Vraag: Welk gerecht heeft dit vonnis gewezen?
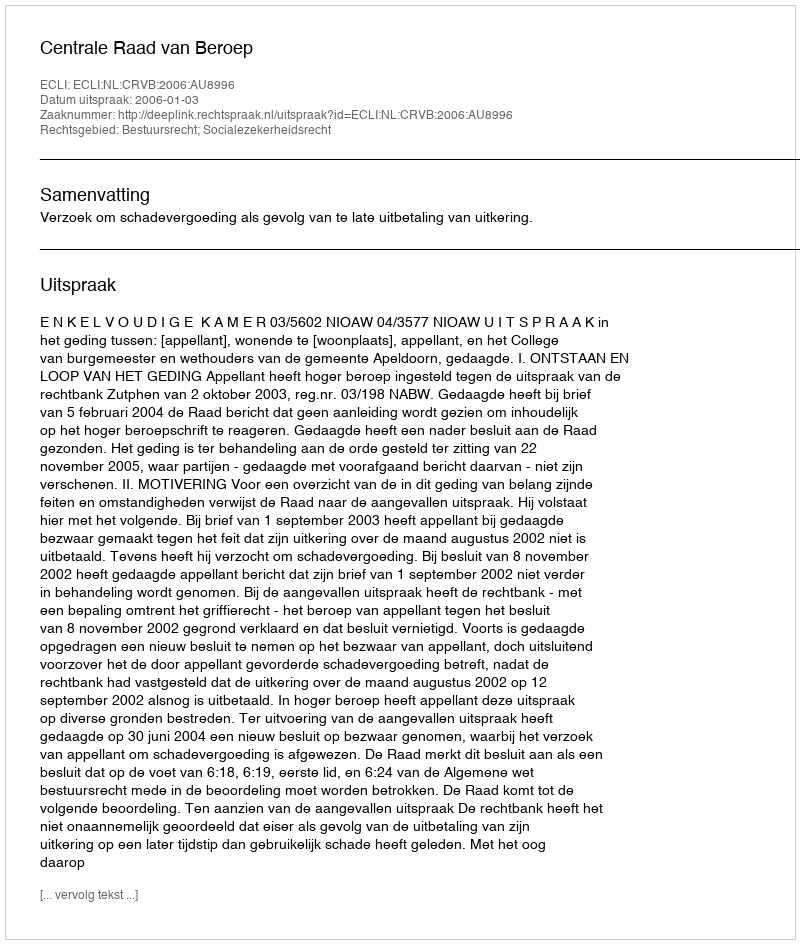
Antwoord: Centrale Raad van Beroep